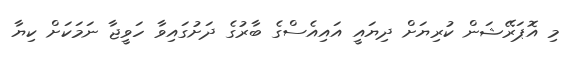
މި އޮޕަރޭޝަން ކުރިޔަށް ދިޔައީ އައިއެސްގެ ބާރުގެ ދަށުގައިވާ ހަވީޖާ ނަމަކަށް ކިޔާ